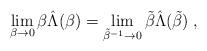
LaTeX: \begin{align*}\lim_{\beta \rightarrow 0} \beta \hat{\Lambda} (\beta) = \lim_{\tilde{\beta}^{-1} \rightarrow 0} \tilde{\beta} \hat{\Lambda} (\tilde{\beta}) \; ,\end{align*}